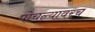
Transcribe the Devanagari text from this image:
पोचल्यावरच